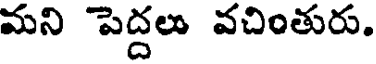
మని పెద్దలు వచింతురు.